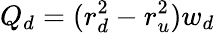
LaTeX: Q_{d}=(r_{d}^{2}-r_{u}^{2})w_{d}